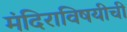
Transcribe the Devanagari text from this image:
मंदिराविषयीची